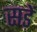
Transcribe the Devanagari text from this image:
सड़ें